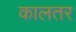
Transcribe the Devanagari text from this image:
कालतर